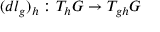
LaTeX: ( d l _ { g } ) _ { h } : T _ { h } G \to T _ { g h } G